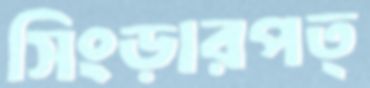
সিংড়ারপত্